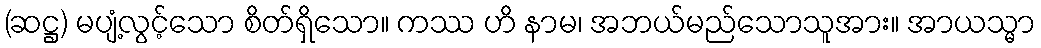
(ဆဋ္ဌ) မပျံ့လွင့်သော စိတ်ရှိသော။ ကဿ ဟိ နာမ၊ အဘယ်မည်သောသူအား။ အာယသ္မာ